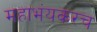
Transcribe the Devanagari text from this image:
महाभंयकरच